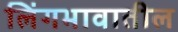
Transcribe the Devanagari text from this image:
लिंगभावातील